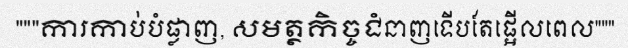
"""ការកាប់បំផ្លាញ, សមត្ថកិច្ចជំនាញទើបតែផ្អើលពេល"""